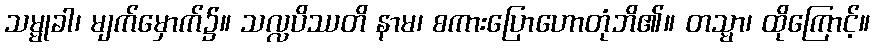
သမ္မုခါ၊ မျက်မှောက်၌။ သလ္လပိဿတိ နာမ၊ စကားပြောဟောတုံဘိ၏။ တသ္မာ၊ ထိုကြောင့်။